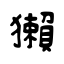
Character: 獺